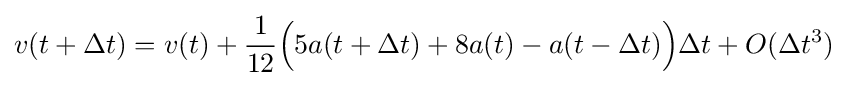
v(t+\Delta t)=v(t)+{\frac {1}{12}}{\Bigl (}5a(t+\Delta t)+8a(t)-a(t-\Delta t){\Bigr )}\Delta t+O(\Delta t^{3})